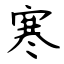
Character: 寒